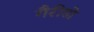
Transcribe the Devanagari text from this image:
गैरीडो